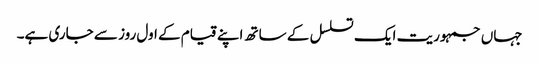
جہاں جمہوریت ایک تسلسل کے ساتھ اپنے قیام کے اول روز سے جاری ہے۔